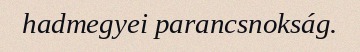
hadmegyei parancsnokság.